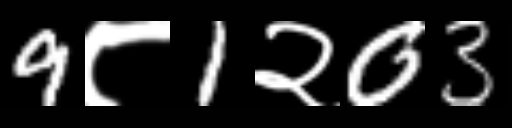
Text: 9८1२03